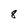
Character: 8